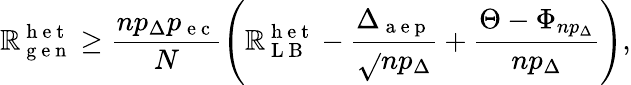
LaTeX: \mathbb{R}_{\mathrm{{~g~e~n~}}}^{\mathrm{{~h~e~t~}}}\geq\frac{{np_{\Delta}p_{\mathrm{{~e~c~}}}}}{{N}}\left(\mathbb{R}_{\mathrm{{~L~B~}}}^{\mathrm{{~h~e~t~}}}-\frac{{\Delta_{\mathrm{{~a~e~p~}}}}}{{\sqrt{}{{np_{\Delta}}}}}+\frac{{\Theta-\Phi_{np_{\Delta}}}}{{np_{\Delta}}}\right),